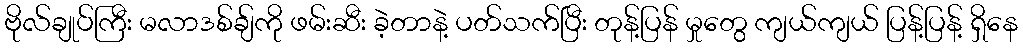
ဗိုလ်ချုပ်ကြီး မလာဒစ်ချ်ကို ဖမ်းဆီး ခဲ့တာနဲ့ ပတ်သက်ပြီး တုန့်ပြန် မှုတွေ ကျယ်ကျယ် ပြန့်ပြန့် ရှိနေ